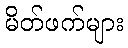
မိတ်ဖက်များ